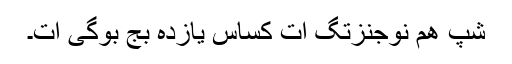
شپ ھم نوجُنزتگ اَت کساس یازدہ بَج بوگی اَت۔